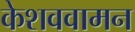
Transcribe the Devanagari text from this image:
केशववामन